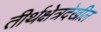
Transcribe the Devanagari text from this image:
तीर्थक्षेत्रदेखील